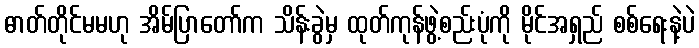
ဓာတ်တိုင်မမဟု အိမ်ပြာတော်က သိန်းခွဲမှ ထုတ်ကုန်ဖွဲ့စည်းပုံကို မိုင်အရှည် စစ်ရေးနဲ့ပဲ